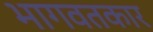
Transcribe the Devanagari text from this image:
भागवतकार